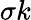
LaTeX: \sigma k